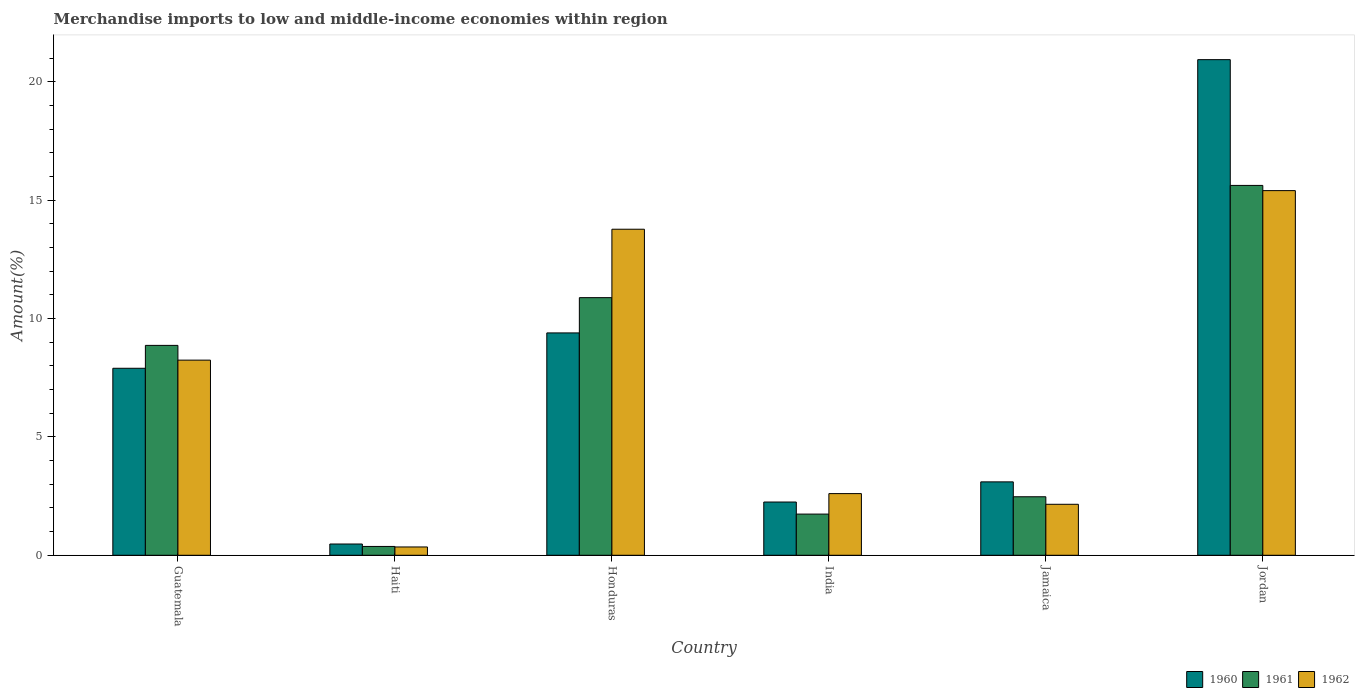
| Country | 1960 | 1961 | 1962 |
 | --- | --- | --- | --- |
 | Guatemala | 7.9 | 8.87 | 8.24 |
 | Haiti | 0.476 | 0.373 | 0.351 |
 | Honduras | 9.39 | 10.9 | 13.8 |
 | India | 2.25 | 1.74 | 2.6 |
 | Jamaica | 3.1 | 2.47 | 2.15 |
 | Jordan | 20.9 | 15.6 | 15.4 |